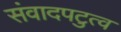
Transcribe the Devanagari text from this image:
संवादपटुत्व